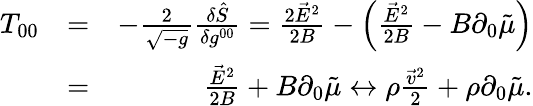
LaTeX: \begin{array}{rlr}{T_{00}}&{=}&{-\frac{2}{\sqrt{-g}}\frac{\delta\hat{S}}{\delta g^{00}}=\frac{2\vec{E}^{2}}{2B}-\left(\frac{\vec{E}^{2}}{2B}-B\partial_{0}\tilde{\mu}\right)}\\ &{=}&{\frac{\vec{E}^{2}}{2B}+B\partial_{0}\tilde{\mu}\leftrightarrow\rho\frac{\vec{v}^{2}}{2}+\rho\partial_{0}\tilde{\mu}.}\end{array}